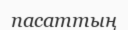
пасаттың